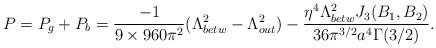
LaTeX: \begin{align*}P=P_{g}+P_{b}=\frac{-1}{9\times 960\pi^{2}} (\Lambda_{betw}^{2}-\Lambda_{out}^{2})-\frac{\eta^{4}\Lambda_{betw}^{2}J_3(B_1,B_2)}{36\pi ^{3/2}a^{4}\Gamma (3/2)}.\end{align*}